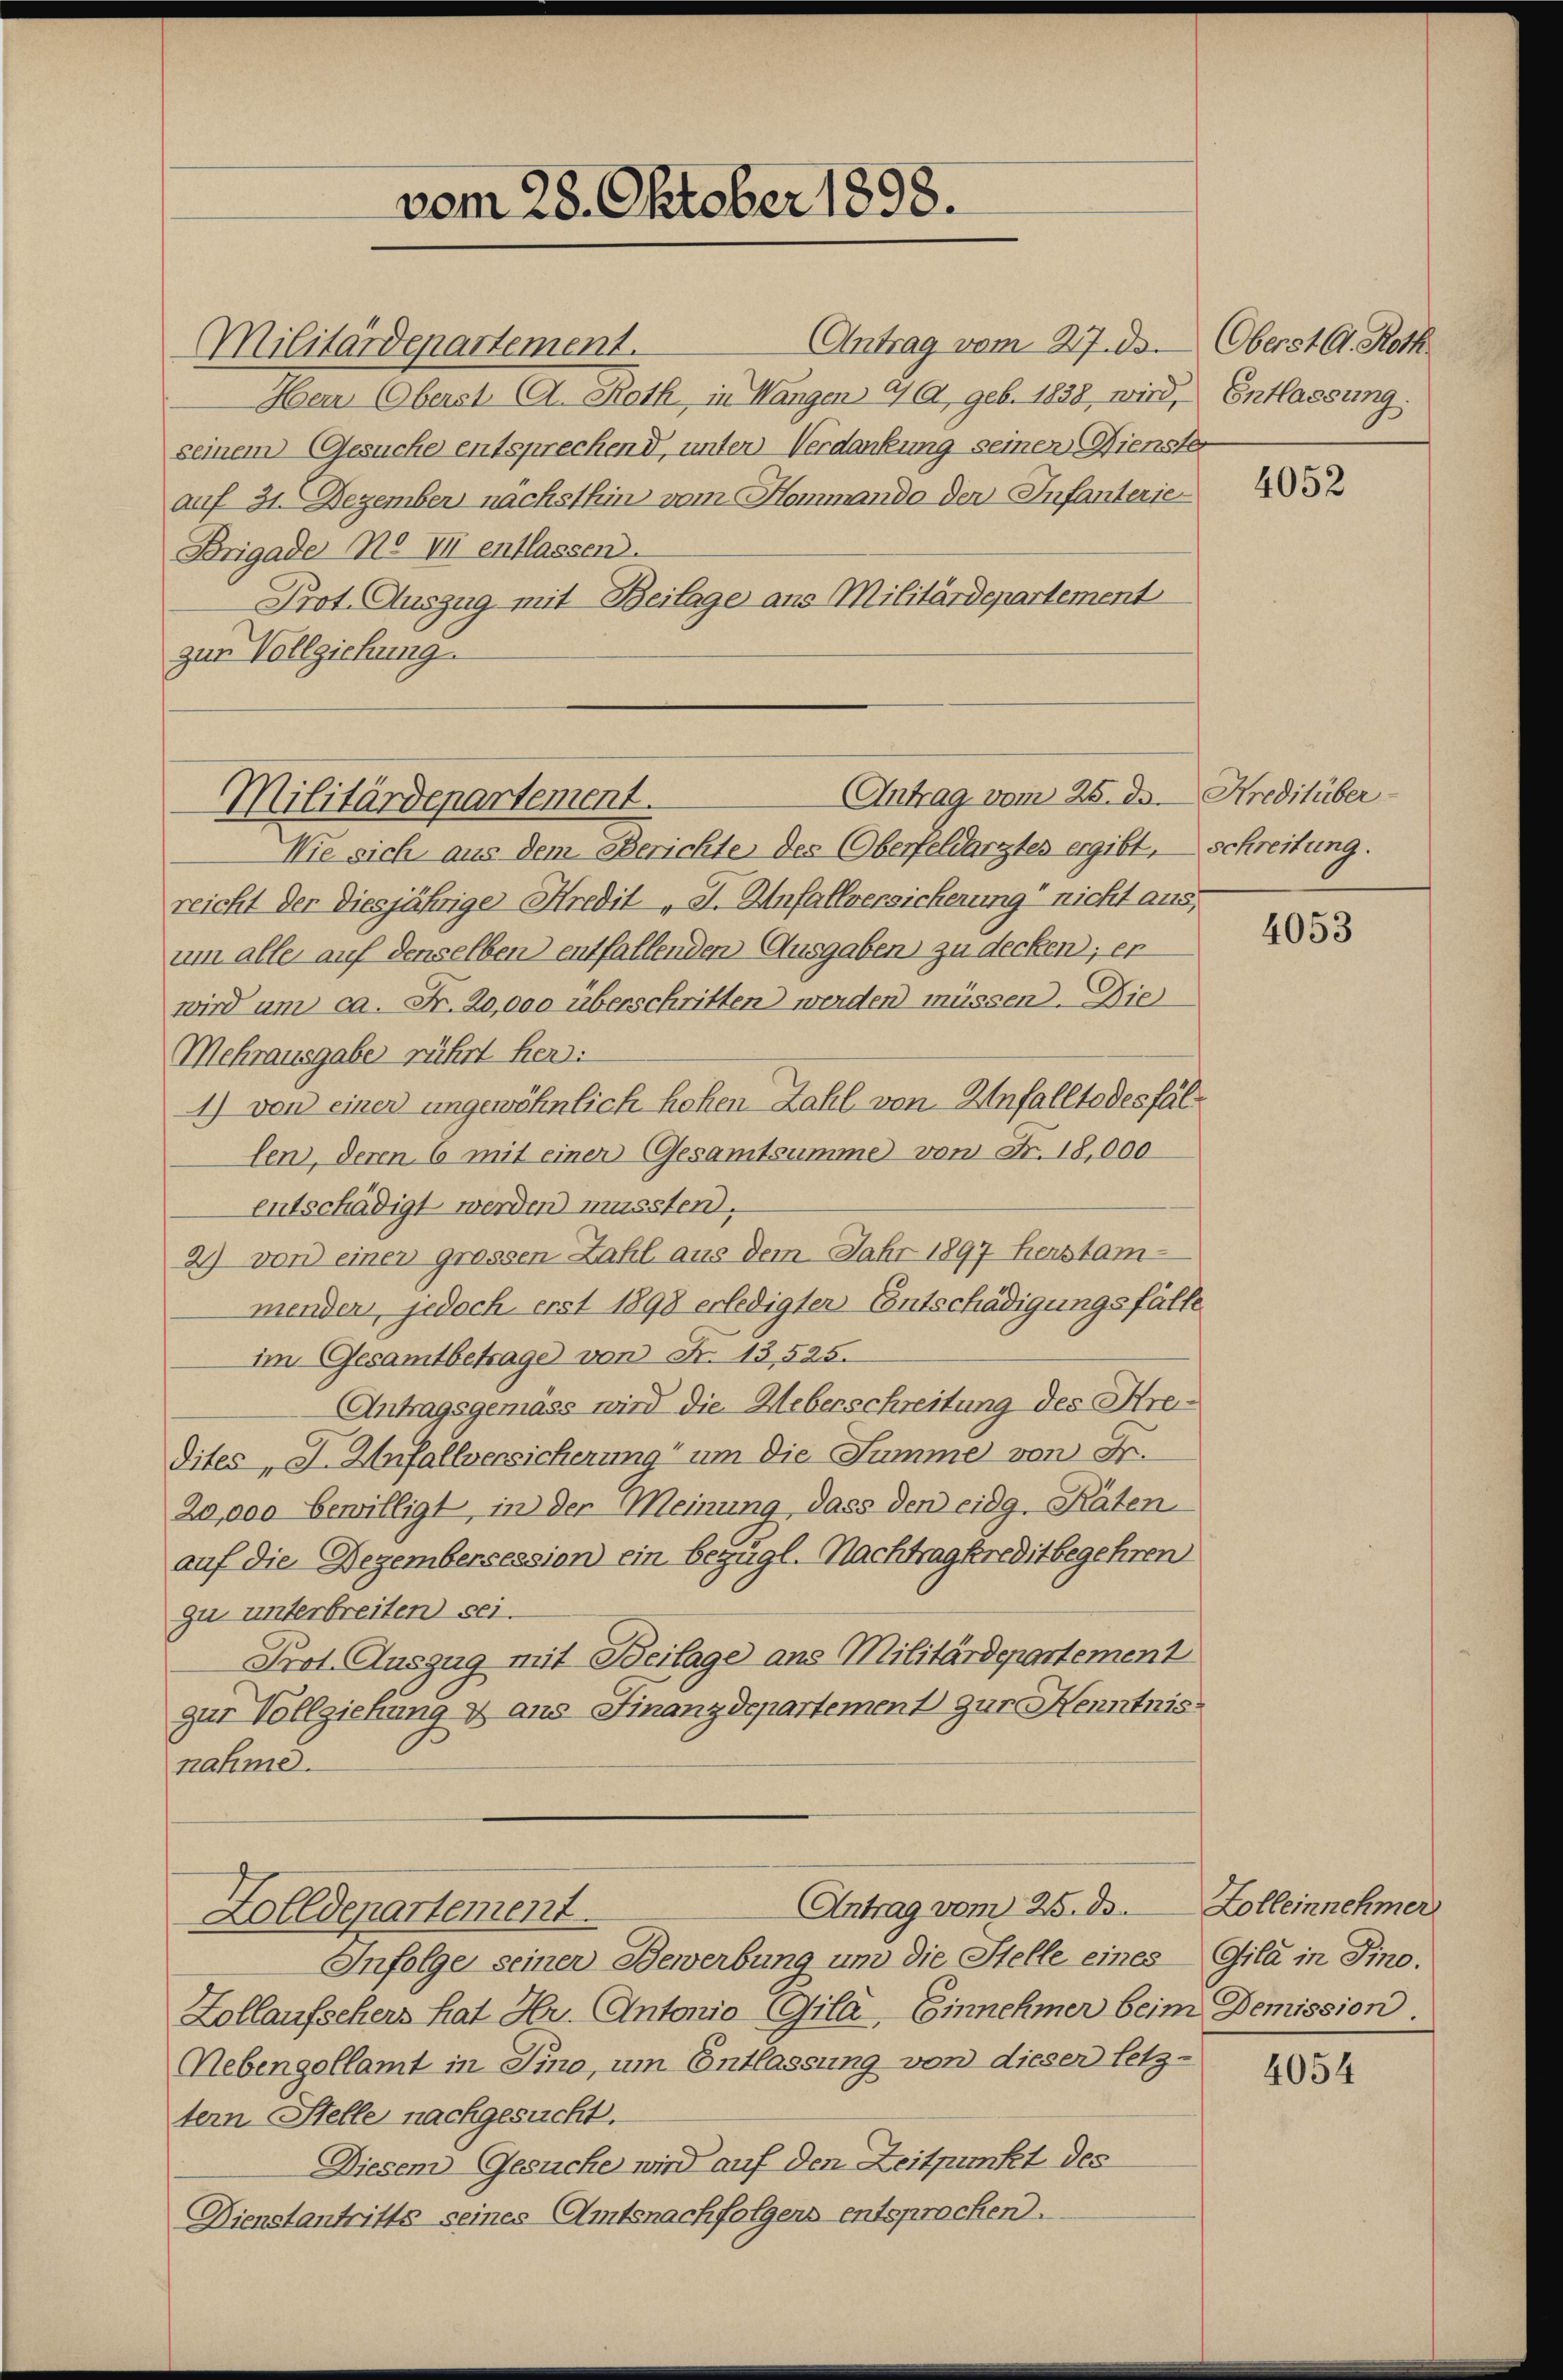
vom 28. Oktober 1898.

Antrag vom 27. ds. Oberst G. Roth
Militärdepartement.
Herr Oberst A. Rath, in Wangen a/A., geb. 1828, wird, Entlassung.
seinem Gesuche entsprechend, unter Verdankung seinen Gienster
auf 31. Dezember nachsthin vom Hommando der Infanterie-
Brigade No VII entlassen.
Prot. Auszug mit Beilage aus Militärdepartement
zur Vollziehung

Antrag vom 25. d. Kreditüber
Militärdepartement.

Wie sich aus dem Berichte des Oberfeldarztes ergibt,
reicht der diesjährige Kredit "I. Unfallversicherung“ nicht aus,
um alle auf denselben entfallenden Ausgaben zu decken; er
wird um ca. Fr. 20,000 überschriften werden müssen. Die
Mehrausgabe rührt her:
1) von einer ungewöhnlich hohen Zahl von Unfalltodesfällen, deren 6 mit einer Gesamtsumme von Fr. 18,000
entschädigt werden mussten.
2) von einen grossen Zahl aus dem Jahr 1897 herstammenden, jedoch erst 1898 erledigter Entschädigungsfälle
im Gesamtbetrage von Fr. 13,525.
Antragsgemäss wird die Ueberschreitung des Hredites, I. Unfallversicherung um die Summe von Fr.
20,000 bewilligt, in der Meinung dass den eidg. Räten
auf die Dezembersession ein bezügl. Nachtrag kredit begehren
zu unterbreiten sei.
Prot. Auszug mit Beilage aus Militärdepartement
zur Vollziehung & aus Finanzdepartement zur Kenntnis:
nahme.
Antrag vom 25. ds.
Zolldepartement.
Infolge seiner Bewerbung und die Stelle eines
Zollaufschers hat Hr. Antonio Gila, Einnehmer beim Demission
Nebengollamt in Sino, um Entlassung von dieser letz-
tern Stelle nachgesucht.
Diesem Gesuche wird auf den Zeitpunkt des
Dienstantritts seines Amtsnachfolgens entsprochen.

4052

schreitung.

4053

Zolleinnehmer
Gila in Pino.

4054